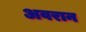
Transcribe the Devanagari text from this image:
अवरान